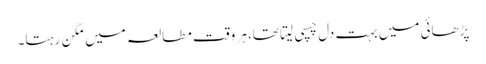
پڑھائی میں بہت دل چسپی لیتا تھا، ہر وقت مطالعہ میں مگن رہتا۔